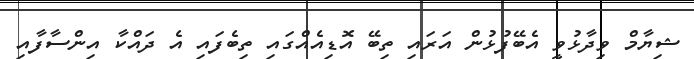
ޝިޔާމް ވިދާޅުވީ އެބޭފުޅުން އަރައި ތިބޭ އޮޑިއެއްގައި ތިބެފައި އެ ދައްކާ އިންސާފާއި